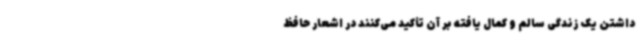
داشتن یک زندگی سالم و کمال یافته بر آن تأکید می‌کنند در اشعار حافظ